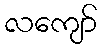
လကျော်